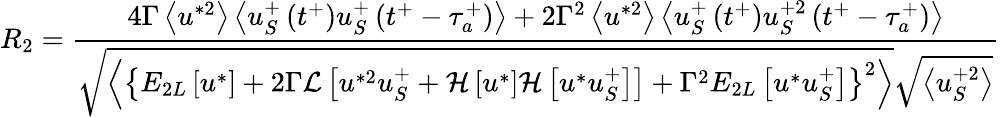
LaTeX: R_{2}=\frac{4\Gamma\left<u^{*2}\right>\left<u_{S}^{+}\left(t^{+}\right)u_{S}^{+}\left(t^{+}-\tau_{a}^{+}\right)\right>+2\Gamma^{2}\left<u^{*2}\right>\left<u_{S}^{+}\left(t^{+}\right)u_{S}^{+2}\left(t^{+}-\tau_{a}^{+}\right)\right>}{\sqrt{\left<\left\{ E_{2L}\left[u^{*}\right]+2\Gamma\mathcal{L}\left[u^{*2}u_{S}^{+}+\mathcal{H}\left[u^{*}\right]\mathcal{H}\left[u^{*}u_{S}^{+}\right]\right]+\Gamma^{2}E_{2L}\left[u^{*}u_{S}^{+}\right]\right\} ^{2}\right>}\sqrt{\left<u_{S}^{+2}\right>}}